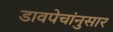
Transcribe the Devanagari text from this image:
डावपेचांनुसार